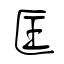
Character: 匡